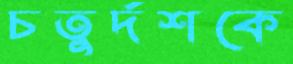
চতুর্দশকে